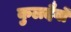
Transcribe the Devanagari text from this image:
कुलदैवों